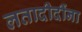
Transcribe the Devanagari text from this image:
लतादीदींना